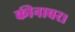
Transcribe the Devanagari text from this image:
कीनावर।